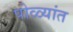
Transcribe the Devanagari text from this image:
पोळ्यांत